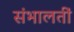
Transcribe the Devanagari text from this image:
संभालतीं